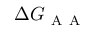
\Delta G _ { \mathrm { ~ A ~ A ~ } }